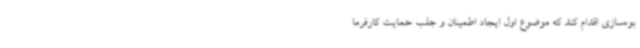
بوه‌سازی اقدام کند که موضوع اول ایجاد اطمینان و جلب حمایت کارفرما